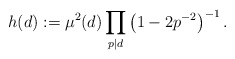
\begin{align*}h(d):=\mu^2(d)\prod_{p\mid d}\left(1-2p^{-2}\right)^{-1}.\end{align*}